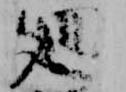
廻